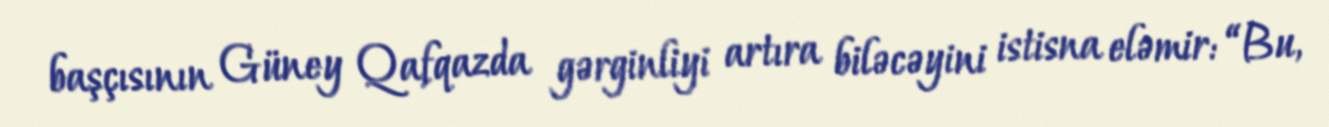
başçısının Güney Qafqazda gərginliyi artıra biləcəyini istisna eləmir: “Bu,